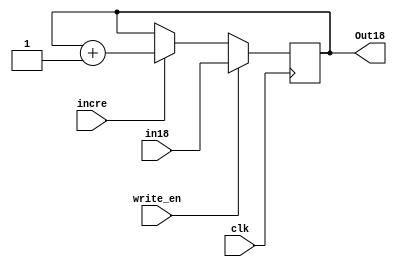
// Different register types
module MAR(Out18,in18, write_en,incre,clk);
	output [17:0] Out18;
	input [17:0] in18;

	//wire [1:0] in2;
	//wire [15:0] in16;
	input write_en,clk,incre;
	reg [17:0] Out18=18'b0;
	always @(posedge clk)
		begin
			if(write_en==1'b1)
				begin
					Out18=in18;
				end
			else if(incre==1'b1)
				begin
					Out18=Out18+1'b1;
				end
		end
endmodule

module TR_MAR(Out18,in16,in2, write_1,write_2,clk);
	output [17:0] Out18;
	input [15:0] in16;
	input [1:0] in2;
	//wire [1:0] in2;
	//wire [15:0] in16;
	input write_1,write_2,clk;
	reg [17:0] Out18;
	always @(posedge clk)
		begin
			if(write_2==1'b1)
				begin
					Out18[15:0]=in16;
					
				end
			
			if(write_1==1'b1)
				begin
					Out18[17:16]=in2;
				end
		end
endmodule

module dec_reg(out,in, write_en,clk);
	output [3:0] out;
	input [3:0] in;
	input write_en,clk;
	reg [3:0] out =4'b0;
	always @(posedge clk)
		begin
		if(write_en==1'b1)
			out=in;
		end
endmodule

module A_reg(out,in1, write_en,clk,clear);
	output [17:0] out;
	input [17:0] in1;
	input write_en,clk,clear;
	reg [17:0] out=18'b0;
	always @(posedge clk)
		begin
			if(write_en==1'b1)
				begin
					out=in1;	
				end
			if(clear==1'b1)
				out=18'b0;
		end
endmodule


module register_ (out,in,clk, write_en,clear);
	input [15:0] in;
	input clk,write_en,clear;
	output [15:0] out;
	wire clk,write_en,clear;
	wire [15:0] in;
	reg [15:0] out=16'b0;
	always @(posedge clk)
		begin
			if(write_en == 1'b1)
				out=in;
			else if(clear==1'b1)
				out=16'b0;
		end
endmodule
				
module R_I(out,in,clk,incr,rst,write_en);
	output [17:0] out;
	input [17:0] in;
	input clk,incr,rst,write_en;
	reg [17:0] out=18'b0;
	always @(posedge clk)
		begin
			if(rst==1'b1)
				out=18'b0;
			else	
				begin
					if(write_en==1'b1)
						out=in;
					else if(incr==1'b1)
						out=out+1'b1;
				end
			
		end

		
endmodule

module PC(out,in,clk,incr,rst,write_en);
	output [9:0] out;
	input [9:0] in;
	input clk,incr,rst,write_en;
	reg [9:0] out=10'b0;
	always @(posedge clk)
		begin
			if(rst==1'b1)
				out=10'b0;
			else
				begin
					if(write_en==1'b1)
						out=in;
					if(incr==1'b1)
						out=out+1'b1;
				end
		end
		
endmodule